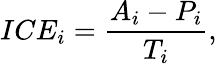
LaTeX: ICE_{i}=\frac{A_{i}-P_{i}}{T_{i}},